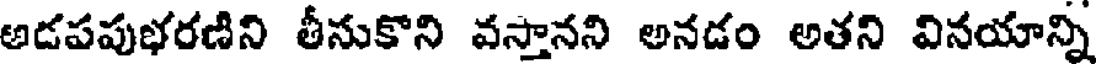
అడపపుభరణిని తీసుకొని వస్తానని అనడం అతని వినయాన్ని